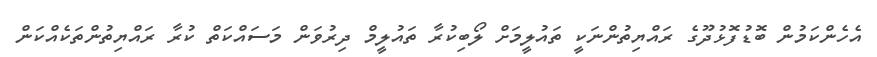
އެހެންކަމުން ބޮޑުފޮޅުދޫގެ ރައްޔިތުންނަކީ ތައުލީމަށް ލޯބިކުރާ ތައުލީމް ދިރުވަން މަސައްކަތް ކުރާ ރައްޔިތުންތަކެއްކަން